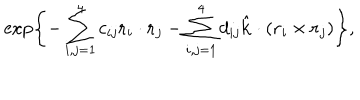
LaTeX: \exp \left\{ - \sum _ { i , j = 1 } ^ { 4 } c _ { i j } \mathrm { \bf r } _ { i } \cdot \mathrm { \bf r } _ { j } - \sum _ { i , j = 1 } ^ { 4 } d _ { i j } \hat { \mathrm { \bf k } } \cdot ( \mathrm { \bf r } _ { i } \times \mathrm { \bf r } _ { j } ) \right\} ,